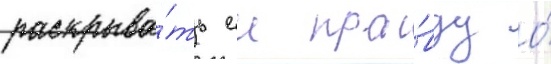
раскрыва́ть еи пра́вду о́